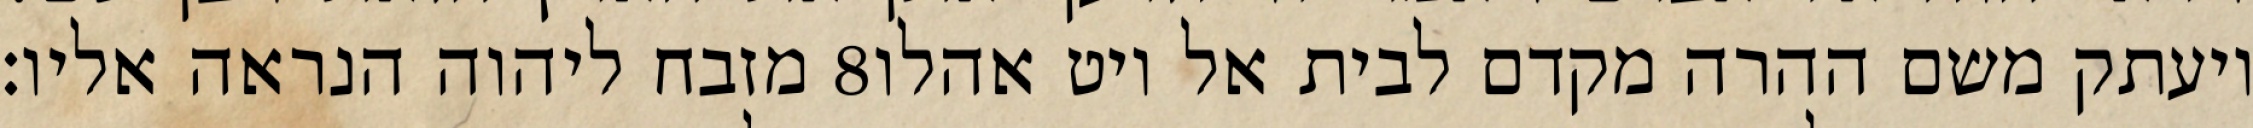
מזבח ליהוה הנראה אליו׃ ‎8‏ ויעתק משם ההרה מקדם לבית אל ויט אהלו